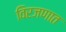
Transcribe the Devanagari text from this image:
विरजणात